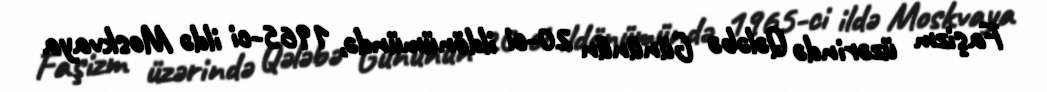
Faşizm üzərində Qələbə Gününün 20-ci ildönümündə, 1965-ci ildə Moskvaya